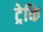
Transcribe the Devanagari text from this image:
ट्रेकि